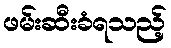
ဖမ်းဆီးခံရသည့်